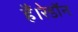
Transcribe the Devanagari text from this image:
हैं।रेडॉन